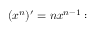
( x ^ { n } ) ^ { \prime } = n x ^ { n - 1 } :